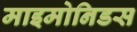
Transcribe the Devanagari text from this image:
माइमोनिडस